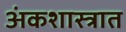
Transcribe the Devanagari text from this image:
अंकशास्त्रात